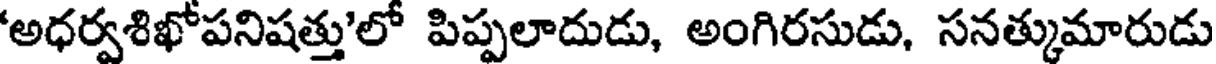
'అధర్వశిఖోపనిషత్తు'లో పిప్పలాదుడు, అంగిరసుడు, సనత్కుమారుడు